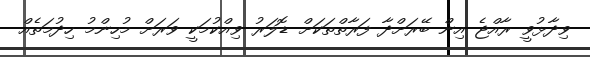
ވިދާޅުވީ ރާއްޖެ އިން ބޭރަށްދާ ފަރާތްތަކަށް ޑޮލަރު ވިއްކުމަކީ ވަރަށް މުހިންމު ހިދުމަތެއް